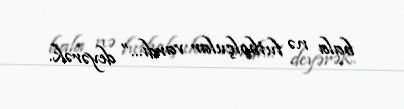
bala nə futbolçular vardı...” deyərək.